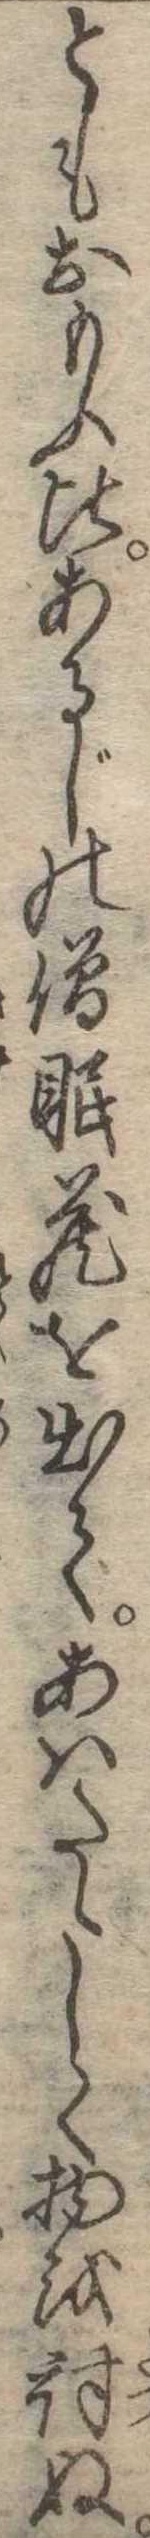
ともおもふ比あるじの僧眠蔵を出てあはたゝしく物を討ぬ